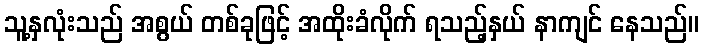
သူ့နှလုံးသည် အစွယ် တစ်ခုဖြင့် အထိုးခံလိုက် ရသည့်နှယ် နာကျင် နေသည်။